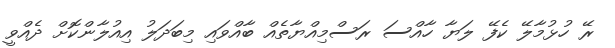
ރޭ ހުޅުމާލޭ ކެފޭ ލަޔާ ހާއްސަ ރަސްމިއްޔާތެއް ބާއްވައި މިބަދަލު އިއުލާންކޮށް ދެއްވީ